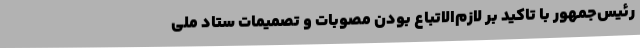
رئیس‌جمهور با تاکید بر لازم‌الاتباع بودن مصوبات و تصمیمات ستاد ملی